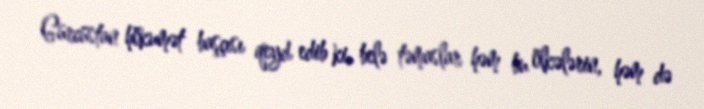
Gürcüstan hökumət başçısı qeyd edib ki, belə təmaslar həm bu ölkələrin, həm də